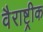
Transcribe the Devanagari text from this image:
वैराष्ट्रीक